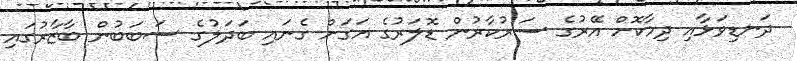
ދަނޑިވަޅާއި ދިމާކޮށް އޭރުގެ ސަރުކާރުން ޑޮލަރުގެ އަގަށް ގެނައި ބަދަލުގެ ސަބަބުން ބާޒާރުގައި